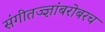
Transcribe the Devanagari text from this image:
संगीतज्ज्ञांबरोबरच